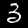
Label: 3